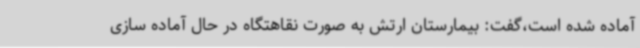
آماده شده است،گفت: بیمارستان ارتش به صورت نقاهتگاه در حال آماده سازی